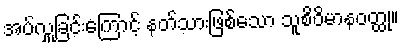
အပ်လှူခြင်းကြောင့် နတ်သားဖြစ်သော သူစိဝိမာနဝတ္ထု။